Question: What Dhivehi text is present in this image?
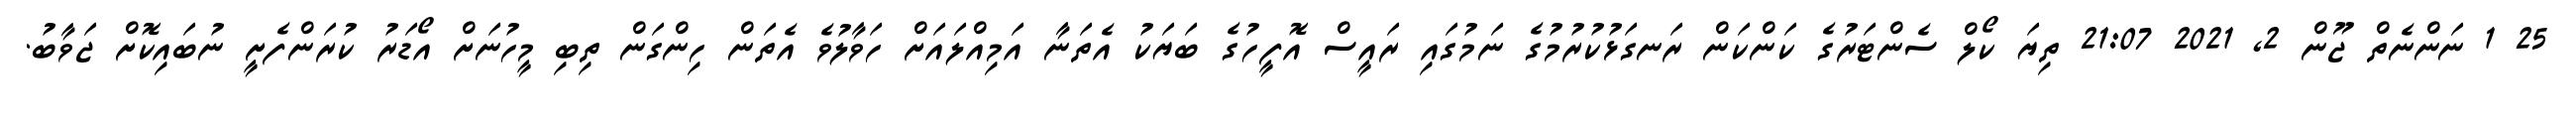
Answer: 25 1 ނަންނެތް ޖޫން 2, 2021 21:07 ތިޔަ ކޯލް ސެންޓަރުގެ ކަންކަން ރަނގަޅުކުރުމުގެ ނަމުގައި ރައީސް އޮފީހުގެ ބަޔަކު އެތަނާ އަމިއްލައަށް ހަވާލުވެ އެތަން ހިންގަން ތިބި މީހުނަށް އޯޑަރު ކުރަންފެށީ ނުބައިކޮށް ޖަވާބު.